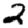
Digit: 2